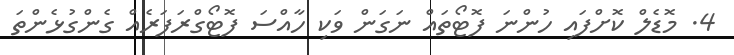
4. މޮޑެލް ކޮށްފައި ހުންނަ ފޮޓޯތައް ނަގަން ވަކި ހާއްސަ ފޮޓޯގްރަފަރެއް ގެންގުޅެންތަ